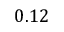
0 . 1 2